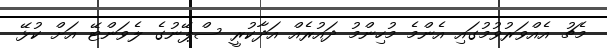
މެޗު އެއްވަރުވުމުގައި އެންމެ މުހިންމު ދައުރެއް އަދާކުރީ ސްޕޭނުގެ ލެވަންޓޭ އަށް ކުޅޭ